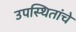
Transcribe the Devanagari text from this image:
उपस्थितांचे